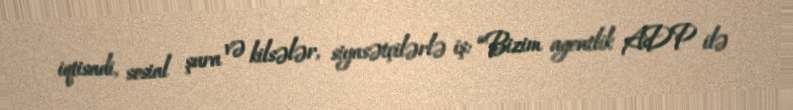
iqtisadi, sosial şura və kilsələr, siyasətçilərlə iş: “Bizim agentlik ADP ilə